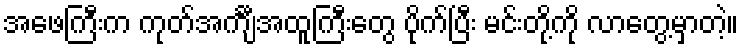
အဖေကြီးက ကုတ်အင်္ကျီအထူကြီးတွေ ပိုက်ပြီး မင်းတို့ကို လာတွေ့မှာတဲ့။